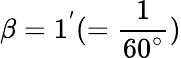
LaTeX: \beta=1^{'}(=\frac{1}{60^{\circ}})